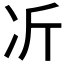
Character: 𫥁